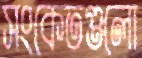
সংকেতগুলো